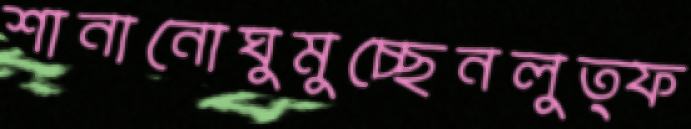
শানানোঘুমুচ্ছেনলুত্ফ